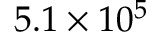
5 . 1 \times 1 0 ^ { 5 }